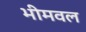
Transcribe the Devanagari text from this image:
भीमवल